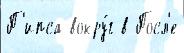
П'ипса вокру́г в Посл'е